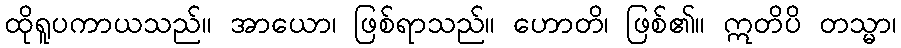
ထိုရူပကာယသည်။ အာယော၊ ဖြစ်ရာသည်။ ဟောတိ၊ ဖြစ်၏။ ဣတိပိ တသ္မာ၊